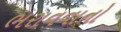
ભરાવવાનો